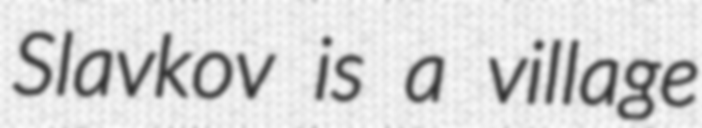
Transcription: Slavkov is a village